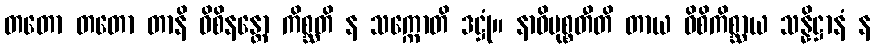
တတော တတော တာနိ ဝိစိနန္တော ကိစ္ဆတိ န သက္ကောတိ ဒဋ္ဌုံ။ နာဓိမုစ္စတီတိ တာယ ဝိစိကိစ္ဆာယ သန္နိဋ္ဌာနံ န